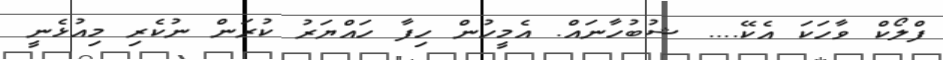
ފްލޯކް ވާހަކަ އެކޭ.... ޝުބުހާނައް. އެމީހުން ހިފާ ހައްޔަރު ކުރަން ނުކެރި މިއުޅެނީ